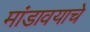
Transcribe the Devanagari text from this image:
मांडावयाचे